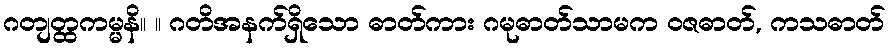
ဂတျတ္ထကမ္မနိ။ ။ ဂတိအနက်ရှိသော ဓာတ်ကား ဂမုဓာတ်သာမက ဝဇဓာတ်, ကသဓာတ်